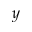
y